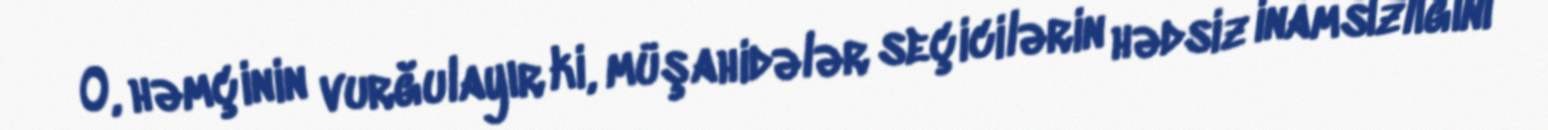
O, həmçinin vurğulayır ki, müşahidələr seçicilərin hədsiz inamsızlığını